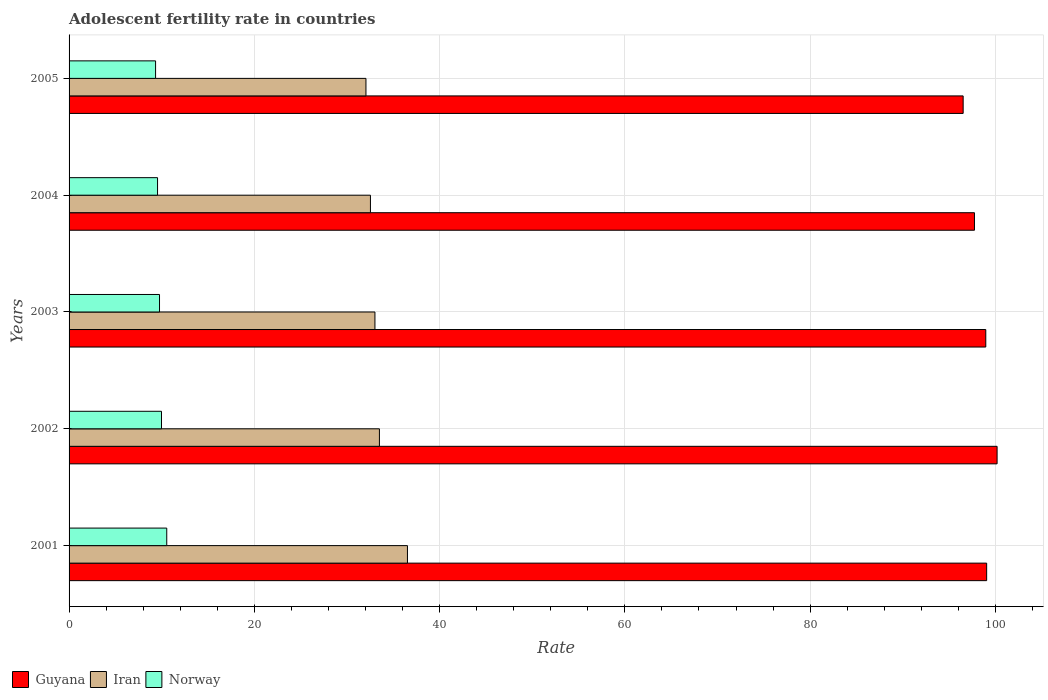
| Years | Guyana | Iran | Norway |
 | --- | --- | --- | --- |
 | 2001 | 99.1 | 36.5 | 10.5 |
 | 2002 | 100 | 33.5 | 9.98 |
 | 2003 | 99 | 33 | 9.76 |
 | 2004 | 97.7 | 32.5 | 9.55 |
 | 2005 | 96.5 | 32 | 9.34 |